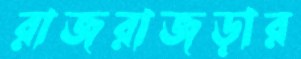
রাজরাজড়ার